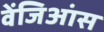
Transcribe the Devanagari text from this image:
वेंजिआंस